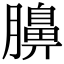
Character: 䑄